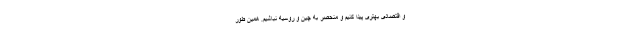
و اقتصادی بهتری پیدا کنیم و منحصر به چین و روسیه نباشیم. همین طور